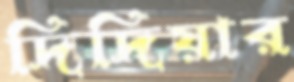
দিদিয়ার